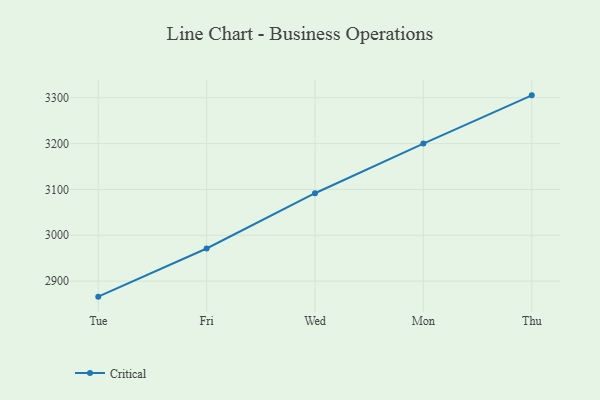
{"axis": {"x": "Day", "y": "Gross Profit (USD K)"}, "legend": ["Critical"], "data": [{"x": "Tue", "y": 2866.1, "type": "Critical"}, {"x": "Fri", "y": 2971.1, "type": "Critical"}, {"x": "Wed", "y": 3091.7, "type": "Critical"}, {"x": "Mon", "y": 3200.0, "type": "Critical"}, {"x": "Thu", "y": 3305.2, "type": "Critical"}]}